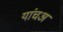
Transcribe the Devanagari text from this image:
यांचअ